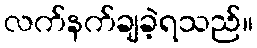
လက်နက်ချခဲ့ရသည်။